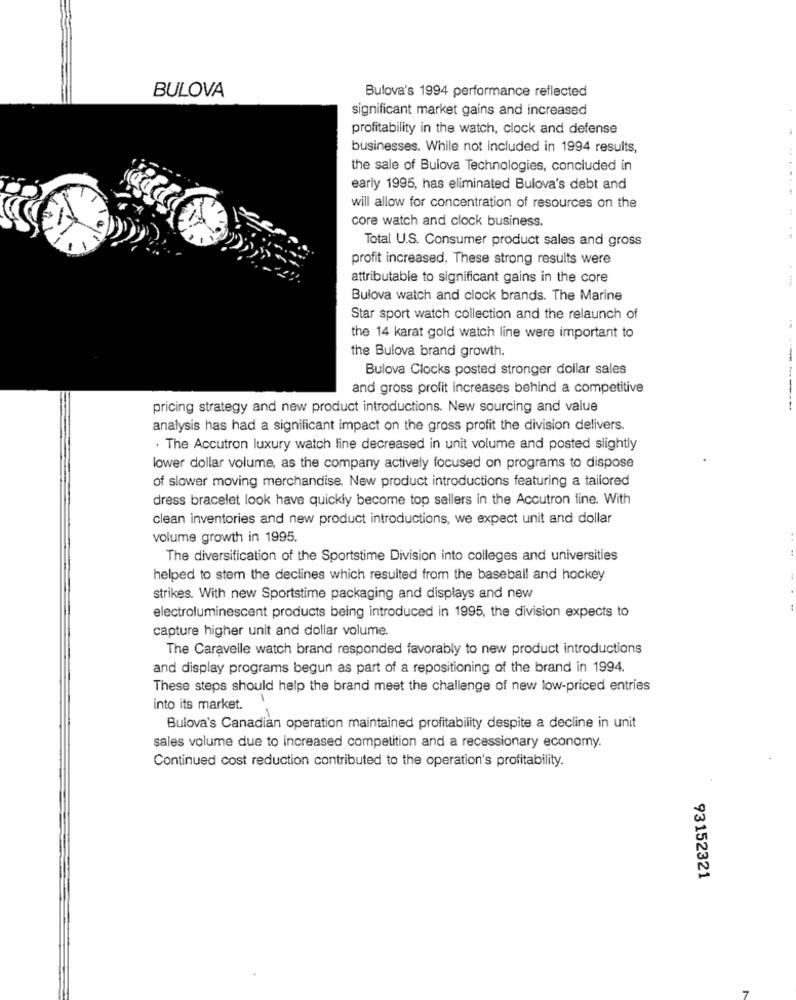
BULOVA
Bulova's 1994 performance reflected
significant market gains and increased
profitability in the watch, clock and defense
businesses. While not included in 1994 results,
the sale of Bulova Technologies, concluded in
early 1995, has eliminated Bulova's debt and
will allow for concentration of resources on the
core watch and clock business.
Total U.S. Consumer product sales and gross
profit increased. These strong results were
attributable to significant gains in the core
Bulova watch and clock brands. The Marine
Star sport watch collection and the relaunch of
the 14 karat gold watch line were important to
the Bulova brand growth.
Bulova Clocks posted stronger dollar sales
and gross profit increases behind a competitive
pricing strategy and new product introductions. New sourcing and value
analysis has had a significant impact on the gross profit the division delivers.
. The Accutron luxury watch line decreased in unit volume and posted slightly
lower dollar volume, as the company actively focused on programs to dispose
of slower moving merchandise. New product introductions featuring a tailored
dress bracelet look have quickly become top sellers in the Accutron line. With
clean inventories and new product introductions, we expect unit and dollar
volume growth in 1995.
The diversification of the Sportstime Division into colleges and universities
helped to stem the declines which resulted from the baseball and hockey
strikes. With new Sportstime packaging and displays and new
electroluminescent products being introduced in 1995, the division expects to
capture higher unit and dollar volume.
The Caravelle watch brand responded favorably to new product introductions
and display programs begun as part of a repositioning of the brand in 1994.
These steps should help the brand meet the challenge of new low-priced entries
into its market.
1
Bulova's Canadian operation maintained profitability despite a decline in unit
sales volume due to increased competition and a recessionary economy.
Continued cost reduction contributed to the operation's profitability.
93152321